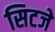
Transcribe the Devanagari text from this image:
सिटजे